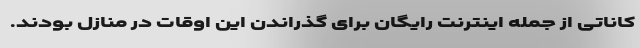
کاناتی از جمله اینترنت رایگان برای گذراندن این اوقات در منازل بودند.